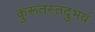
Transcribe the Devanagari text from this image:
कुरूतस्तदुभयं